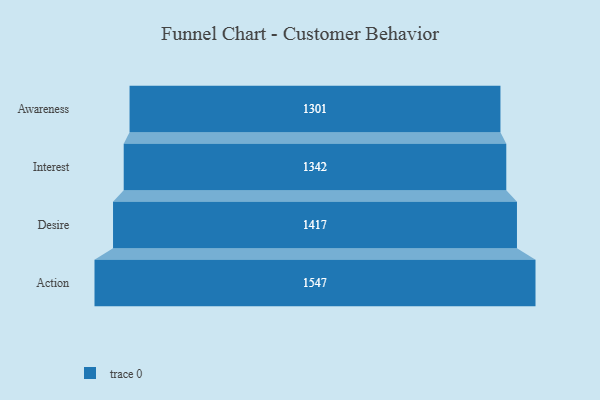
{"axis": {"x": "Stage", "y": "Value"}, "legend": [""], "data": [{"x": "Awareness", "y": 1301.0, "type": ""}, {"x": "Interest", "y": 1342.0, "type": ""}, {"x": "Desire", "y": 1417.0, "type": ""}, {"x": "Action", "y": 1547.0, "type": ""}]}